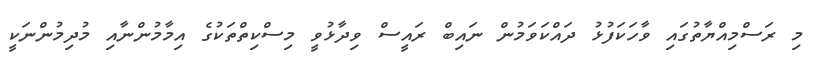
މި ރަސްމިއްޔާތުގައި ވާހަކަފުޅު ދައްކަވަމުން ނައިބް ރައީސް ވިދާޅުވީ މިސްކިތްތަކުގެ އިމާމުންނާއި މުދިމުންނަކީ